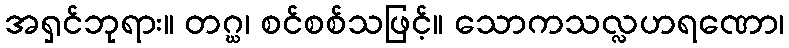
အရှင်ဘုရား။ တဂ္ဃ၊ စင်စစ်သဖြင့်။ သောကသလ္လဟရဏော၊